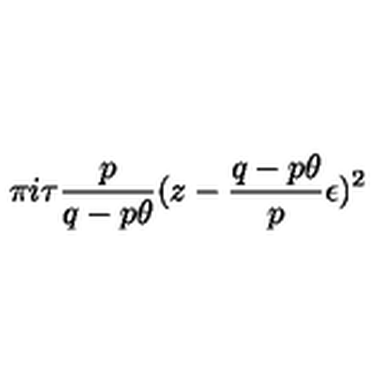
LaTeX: \pi i \tau \frac { p } { q - p \theta } ( z - \frac { q - p \theta } { p } \epsilon ) ^ { 2 }